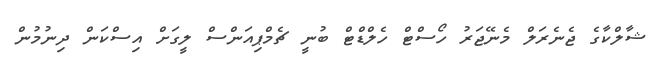
ޝާލްކާގެ ޖެނެރަލް މެނޭޖަރު ހޯސްޓް ހެލްޑްޓް ބުނީ ޗެމްޕިއަންސް ލީގަށް އިސްކަން ދިނުމުން